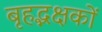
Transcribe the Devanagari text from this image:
बृहद्भक्षकों